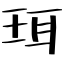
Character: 珥